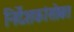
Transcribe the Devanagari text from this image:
निर्देशकांसोबत